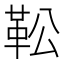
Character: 𩉭